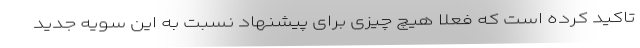
تاکید کرده است که فعلا هیچ چیزی برای پیشنهاد نسبت به این سویه جدید